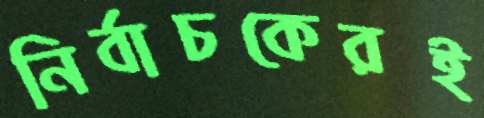
নির্বাচকেরই